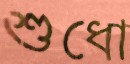
শুধো